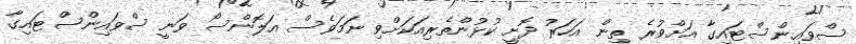
ސްވައިންސްޓައިގާ އަށްވުރެ ތިން އަހަރު ދޮށީ ކުޅުންތެރިއަކަށްވި ނަމަވެސް އަލޮންސޯ ވަނީ ސްވައިންސްޓައިގާ